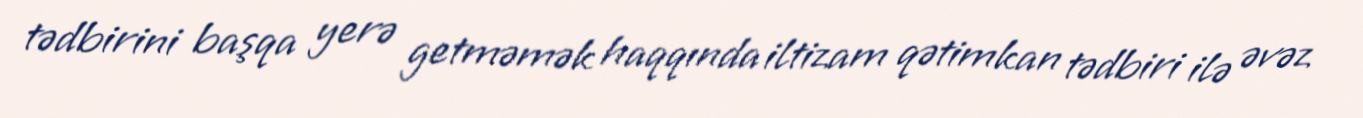
tədbirini başqa yerə getməmək haqqında iltizam qətimkan tədbiri ilə əvəz